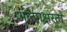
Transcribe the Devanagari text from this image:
अल्पाक्षरता